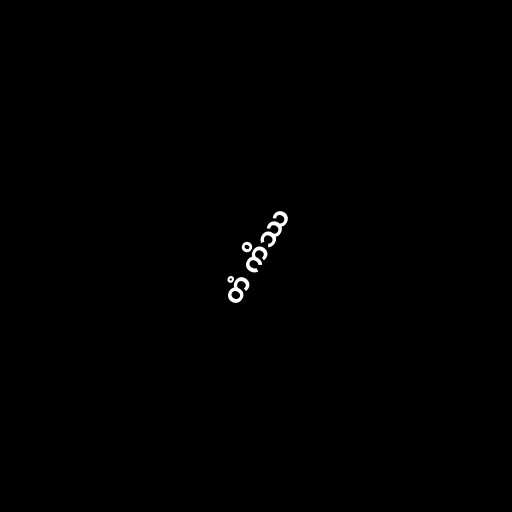
တံ ကိဿ